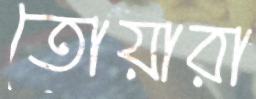
তোয়ারা